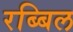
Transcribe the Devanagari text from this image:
रब्बिल